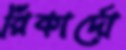
রিকার্দো